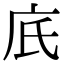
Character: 㡳